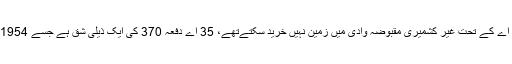
بھارت کے آئین میں کشمیر سے متعلق دفعہ 370 کی شق 35 اے کے تحت غیر کشمیری مقبوضہ وادی میں زمین نہیں خرید سکتےتھے، 35 اے دفعہ 370 کی ایک ذیلی شق ہے جسے 1954ء میں ایک صدارتی فرمان کے ذریع آئین میں شامل کیا گیا تھا۔